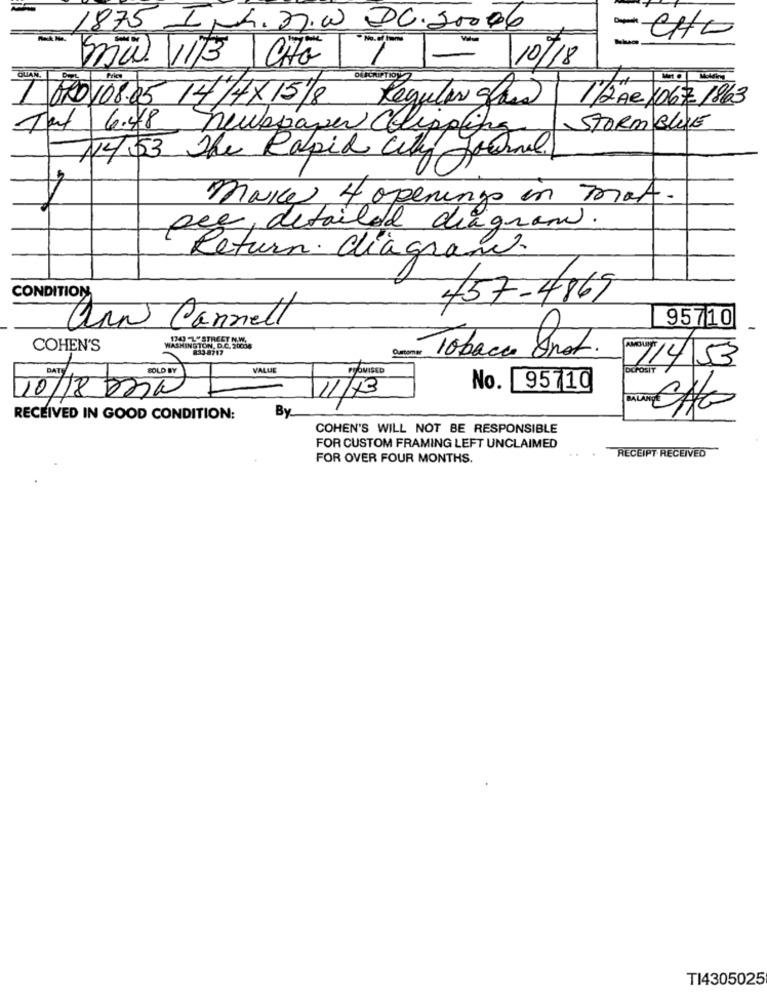
1875 Ink.27.w DC.20096
-CHO
7
10/18
São 11/3 Cita
1 0RD108.05 14/4× 15/8 Regular glan
1/2 AR /0671863
STORMBLUE
Tal 6.48 Newspaper Clipping
1453 The Rapid City Journal
makes 4 openings in max.
aeg, detailed diagne
Return. diagram.
CONDITION
457-4869
95710
ann Cannell
COHEN'S
WASHINGTON. DE
833.8717
Customer
Tobacco Snot.
7/4/53
BOLO BY
VALUE
LOUISED
DEPOSIT
10/18/2019
No. 95710
By
RECEIVED IN GOOD CONDITION:
COHEN'S WILL NOT BE RESPONSIBLE
FOR CUSTOM FRAMING LEFT UNCLAIMED
FOR OVER FOUR MONTHS.
RECEIPT RECEIVED
TI4305025